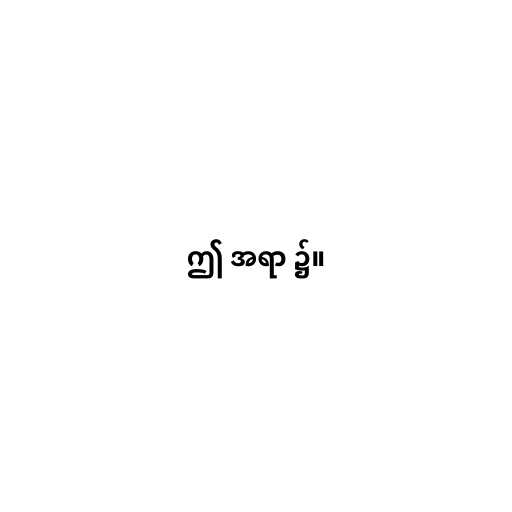
ဤ အရာ ၌။